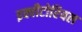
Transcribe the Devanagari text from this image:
इक्वीटोरियल